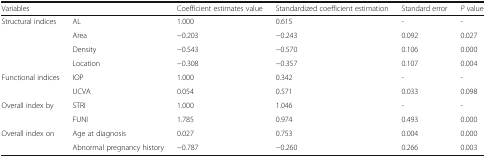
<table><thead><tr><td colspan="2"><b>Variables</b></td><td><b>Coefficient estimates value</b></td><td><b>Standardized coefficient estimation</b></td><td><b>Standard error</b></td><td><b><i>P</i> value</b></td></tr></thead><tbody><tr><td rowspan="4">Structural indices</td><td>AL</td><td>1.000</td><td>0.615</td><td>-</td><td>-</td></tr><tr><td>Area</td><td>−0.203</td><td>−0.243</td><td>0.092</td><td>0.027</td></tr><tr><td>Density</td><td>−0.543</td><td>−0.570</td><td>0.106</td><td>0.000</td></tr><tr><td>Location</td><td>−0.308</td><td>−0.357</td><td>0.107</td><td>0.004</td></tr><tr><td rowspan="2">Functional indices</td><td>IOP</td><td>1.000</td><td>0.342</td><td>-</td><td>-</td></tr><tr><td>UCVA</td><td>0.054</td><td>0.571</td><td>0.033</td><td>0.098</td></tr><tr><td rowspan="2">Overall index by</td><td>STRI</td><td>1.000</td><td>1.046</td><td>-</td><td>-</td></tr><tr><td>FUNI</td><td>1.785</td><td>0.974</td><td>0.493</td><td>0.000</td></tr><tr><td rowspan="2">Overall index on</td><td>Age at diagnosis</td><td>0.027</td><td>0.753</td><td>0.004</td><td>0.000</td></tr><tr><td>Abnormal pregnancy history</td><td>−0.787</td><td>−0.260</td><td>0.266</td><td>0.003</td></tr></tbody></table>